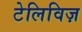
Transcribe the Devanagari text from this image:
टेलिविज़